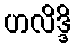
ဟလိဒ္ဒိ